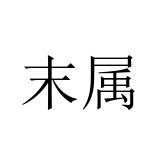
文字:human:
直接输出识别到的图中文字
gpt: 末属